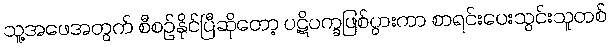
သူ့အဖေအတွက် စီစဉ်နိုင်ပြီဆိုတော့ ပဋိပက္ခဖြစ်ပွားကာ စာရင်းပေးသွင်းသူတစ်